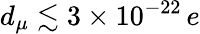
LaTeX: d_{\mu}\lesssim 3\times 10^{-22}\, e